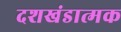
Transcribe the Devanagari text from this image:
दशखंडात्मक